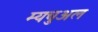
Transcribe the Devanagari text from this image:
म्यचुअल